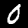
Label: 0